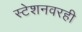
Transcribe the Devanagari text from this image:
स्टेशनवरही